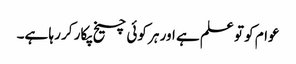
عوام کو تو علم ہے اور ہر کوئی چیخ پکار کر رہا ہے۔